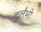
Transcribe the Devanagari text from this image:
दुर्लभो